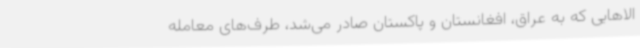
الاهایی که به عراق، افغانستان و پاکستان صادر می‌شد، طرف‌های معامله